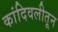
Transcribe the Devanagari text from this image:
कांदिवलीतून